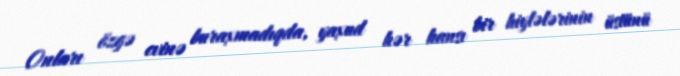
Onları özgə evinə buraxmadıqda, yaxud hər hansı bir hiylələrinin üstünü